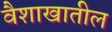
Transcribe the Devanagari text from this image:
वैशाखातील